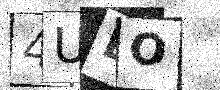
Text: 4UEO